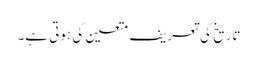
تاریخ کی تعریف متعین کی ہوتی ہے۔